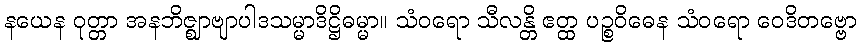
နယေန ဝုတ္တာ အနဘိဇ္ဈာဗျာပါဒသမ္မာဒိဋ္ဌိဓမ္မာ။ သံဝရော သီလန္တိ ဧတ္ထ ပဉ္စဝိဓေန သံဝရော ဝေဒိတဗ္ဗော